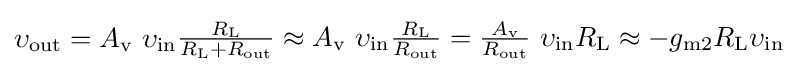
{\upsilon }_{\text{out}}=A_{\text{v}}\ {\upsilon }_{\text{in}}{\begin{matrix}{\frac {R_{\text{L}}}{R_{\text{L}}+R_{\text{out}}}}\approx A_{\text{v}}\ {\upsilon }_{\text{in}}{\frac {R_{\text{L}}}{R_{\text{out}}}}={\frac {A_{\text{v}}}{R_{\text{out}}}}\ {\upsilon }_{\text{in}}R_{\text{L}}\approx -g_{\text{m2}}R_{\text{L}}{\upsilon }_{\text{in}}\end{matrix}}